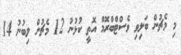
މި މެޗުން ބަލިވި ވެސްޓްބްރޮމް އޮތީ ކުޅުނު 12 މެޗުން ލިބުނު 14